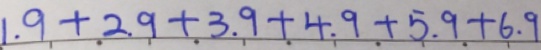
1 . 9 + 2 . 9 + 3 . 9 + 4 . 9 + 5 . 9 + 6 . 9